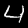
Digit: 4